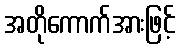
အတိုကောက်အားဖြင့်